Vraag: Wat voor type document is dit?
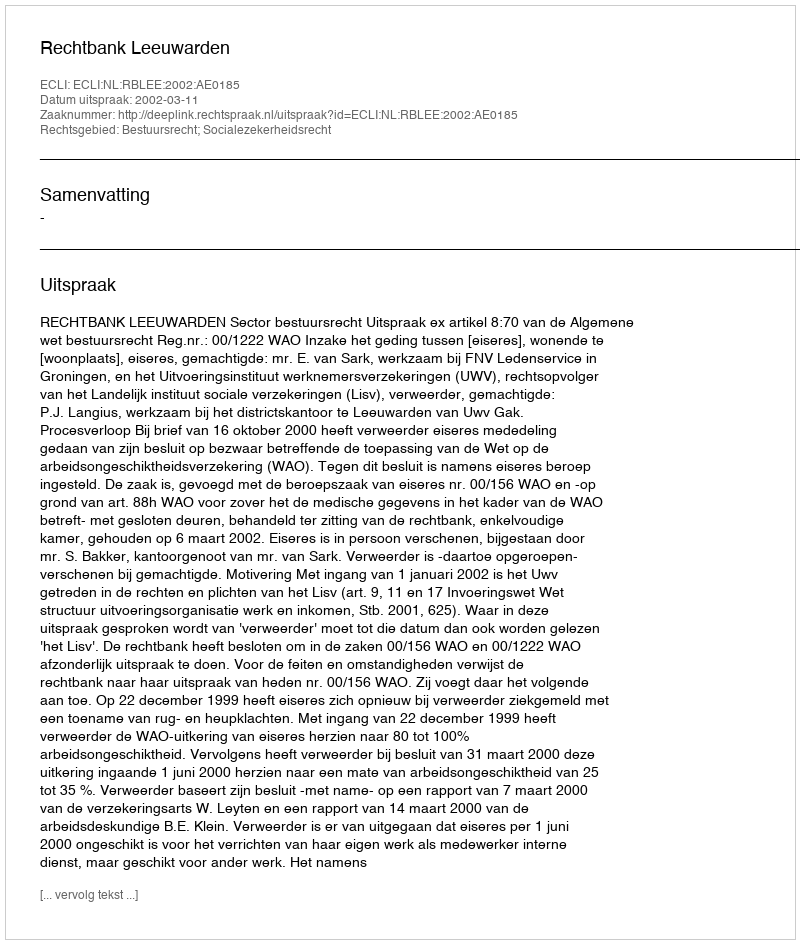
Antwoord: Uitspraak